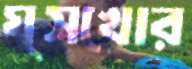
ঘুসখোর